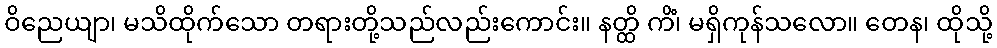
ဝိညေယျာ၊ မသိထိုက်သော တရားတို့သည်လည်းကောင်း။ နတ္ထိ ကိံ၊ မရှိကုန်သလော။ တေန၊ ထိုသို့